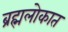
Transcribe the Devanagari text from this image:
ब्रह्मलोकात